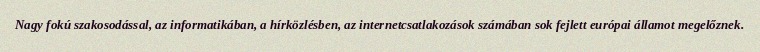
Nagy fokú szakosodással, az informatikában, a hírközlésben, az internetcsatlakozások számában sok fejlett európai államot megelőznek.